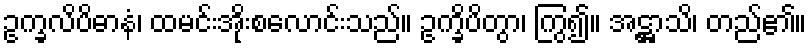
ဥက္ခလိပိဓာနံ၊ ထမင်းအိုးစလောင်းသည်။ ဥက္ခိပိတွာ၊ ကြွ၍။ အဋ္ဌာသိ၊ တည်၏။